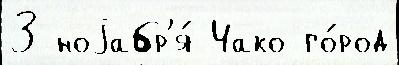
3 ноjабр'я́ Чако го́род